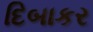
દિબાકર